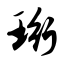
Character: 珩